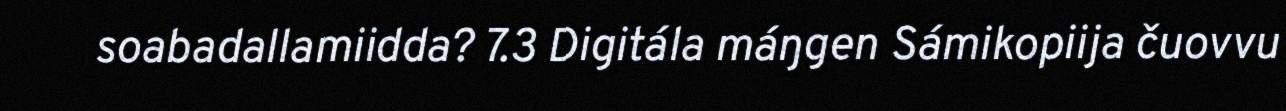
soabadallamiidda? 7.3 Digitála máŋgen Sámikopiija čuovvu